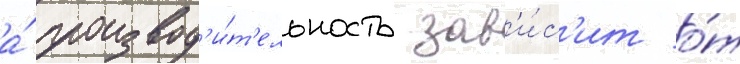
а́ производ'и́т'ельность зав'и́с'ит о́т